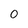
Character: 0